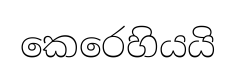
කෙරෙහියයි